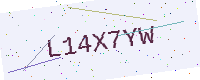
Text: L14X7YW